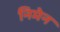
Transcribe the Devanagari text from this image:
निमेन